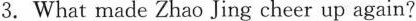
3.What made Zhao Jing cheer up again?